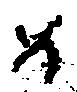
め